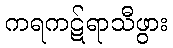
ကရကဋ်ရာသီဖွား